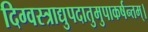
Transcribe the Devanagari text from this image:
दिग्वस्त्राद्युपदातुमुपाकर्षन्तम्‌।